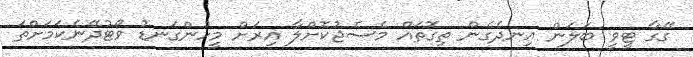
ގޭގާ ޓީވީ ބަލަން އިނދެގެން ތިގޮތައް މެސެޖުކޮށްލާ އިރަށް މީހުންގަނޑު ވޯޓުދޭނެކަމަށްތަ